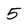
Character: 5